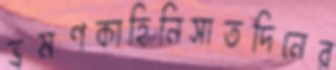
ভ্রমণকাহিনিসাতদিনের